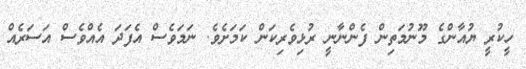
ހީކުރީ ޔުއާންގެ މޫނުމަތިން ފެންނާނީ ރުޅިވެރިކަން ކަމަށެވެ. ނަމަވެސް އެފަދަ އެއްވެސް އަސަރެއް